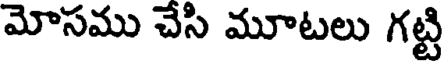
మోసము చేసి మూటలు గట్టి